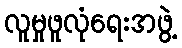
လူမှုဖူလုံရေးအဖွဲ့